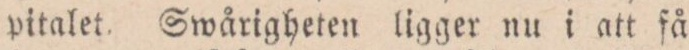
pitalet. Swårigheten ligger nu i att få